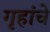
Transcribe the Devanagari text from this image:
गृहांचे